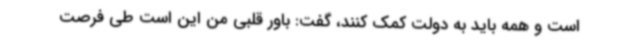
است و همه باید به دولت کمک کنند، گفت: باور قلبی من این‌ است طی فرصت